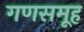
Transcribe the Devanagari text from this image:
गणसमूह